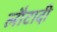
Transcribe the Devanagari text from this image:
लौटादी